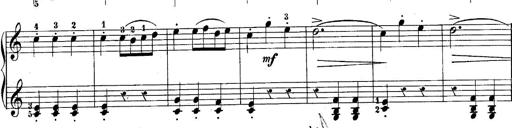
Title: 10 Sonatines progressives
Composer: Anton Schmoll